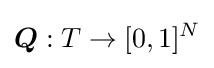
{\boldsymbol {Q}}:T\rightarrow [0,1]^{N}